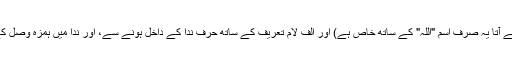
جیسا کہ یہ اسم مخصوص ہے قسم میں حرف "تا" کے ساتھ، (یعنی تا جو کہ قسم کے لیے آتا یہ صرف اسم "اللہ" کے ساتھ خاص ہے) اور الف لام تعریف کے ساتھ حرف ندا کے داخل ہونے سے، اور ندا میں ہمزه وصل کے قطع ہونے سے، اور تفخیم لام بطور وجوب غیر مسبوق کے صرف اطباق کے ساتھ۔